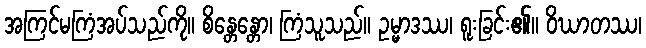
အကြင်မကြံအပ်သည်ကို။ စိန္တေန္တော၊ ကြံသူသည်။ ဥမ္မာဒဿ၊ ရူးခြင်း၏။ ဝိဃာတဿ၊